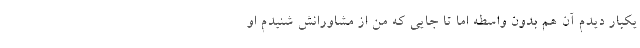
یکبار دیدم آن هم بدون واسطه اما تا جایی که من از مشاورانش شنیدم او